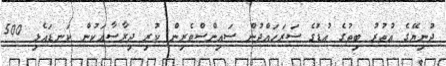
ދުނިޔޭގެ އުތުރު ބިތުގެ އުޑުގެ ސަރަހައްދުން ސައިންސްވެރިން ކުރި ދިރާސާއަކުން ކަނޑައެޅި 500